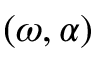
( \omega , \alpha )